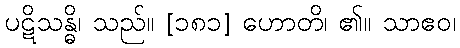
ပဋိသန္ဓိ၊ သည်။ [၁၈၁] ဟောတိ၊ ၏။ သာဧဝ၊